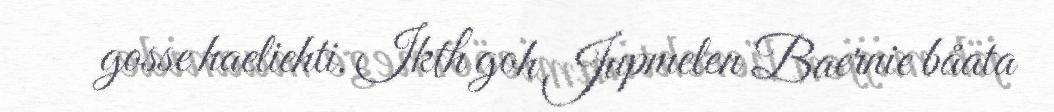
gosse haeliehti. Ikth goh Jupmelen Baernie båata